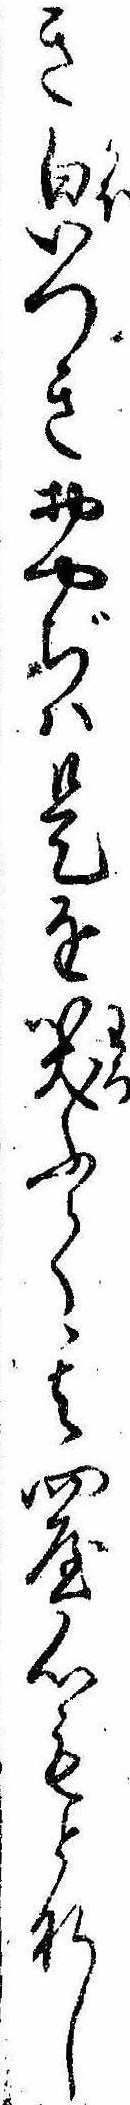
き㒵つきおやぢは是を笑ふて其問屋心もとなし